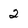
Character: 2